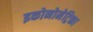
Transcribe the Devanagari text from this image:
इकोनोमेट्रिका